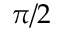
\pi / 2